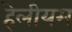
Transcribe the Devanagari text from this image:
हेलीयम